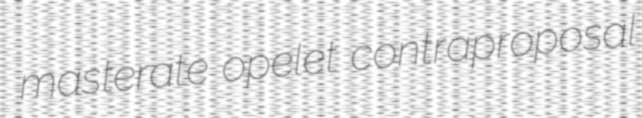
masterate opelet contraproposal